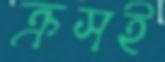
ক্রসই